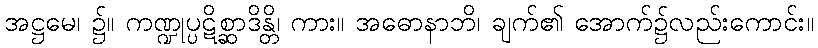
အဋ္ဌမေ၊ ၌။ ကဏ္ဍုပ္ပဋိစ္ဆာဒိန္တိ၊ ကား။ အဓောနာဘိ၊ ချက်၏ အောက်၌လည်းကောင်း။